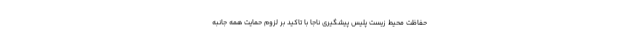
حفاظت محیط زیست پلیس پیشگیری ناجا با تاکید بر لزوم حمایت همه جانبه